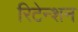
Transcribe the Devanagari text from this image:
रिटेन्शन